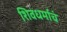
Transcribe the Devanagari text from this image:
शिवधर्माचं